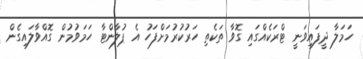
ހަމަލާ ދީފައިވަނީ ޓްރަކެއްގައި ގޮވާ ތަކެތި ހަރުކުރުމަށްފަހު އެ ޕުލާންޓާ ހަމަވުމުން ގޮއްވާލައިގެން